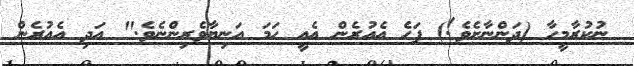
ނުކުރާމީހާ (ދަންނާށެވެ!) ފަހެ އެއުރެން އެއީ ހަމަ އަނިޔާވެރިންނެވެ." އަދި އެއުރެން